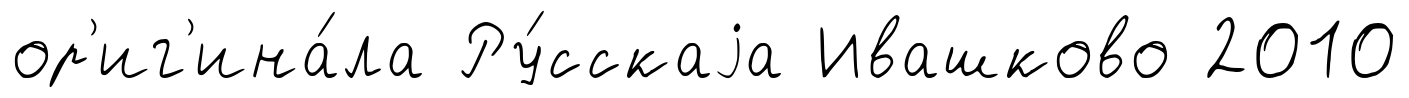
ор'иг'ина́ла Ру́сскаjа Ивашково 2010